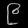
Digit: ၉